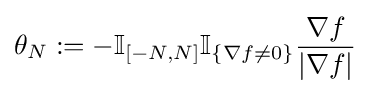
\theta _{N}:=-\mathbb {I} _{\left[-N,N\right]}\mathbb {I} _{\{\nabla f\neq 0\}}{\frac {\nabla f}{\left|\nabla f\right|}}